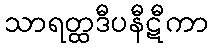
သာရတ္ထဒီပနီဋီကာ